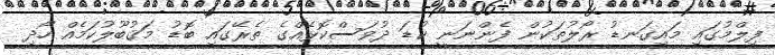
ފިލްމުގައި މައިގަނޑު ރޯލުތަކުން ފެންނަނީ ކުޑަ ދުވަސްކޮޅެއްގެ ތެރޭގައި ބޮޑު މަޤުބޫލުކަމެއް ހޯދި